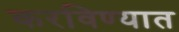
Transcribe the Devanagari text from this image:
करविण्यात